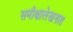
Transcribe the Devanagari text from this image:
समीक्षालेखनात